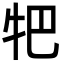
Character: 㸭